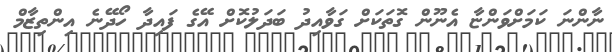
ނާންނަ ކަމަށްވަންޏާ އެނޫން ގޮތަކަށް ގަވާއިދު ބަދަލުކޮށް އޭގެ ފައިދާ ހޯދޭނެ އިންތިޒާމް